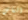
الناس